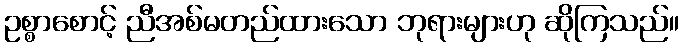
ဥစ္စာစောင့် ညီအစ်မတည်ထားသော ဘုရားများဟု ဆိုကြသည်။